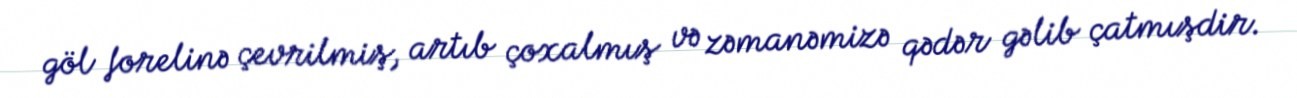
göl forelinə çevrilmiş, artıb çoxalmış və zəmanəmizə qədər gəlib çatmışdir.